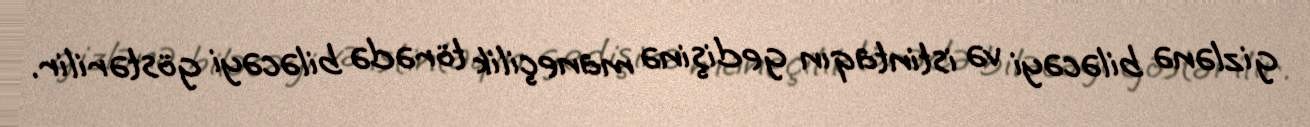
gizlənə biləcəyi və istintaqın gedişinə maneçilik törədə biləcəyi göstərilir.